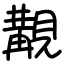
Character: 覯